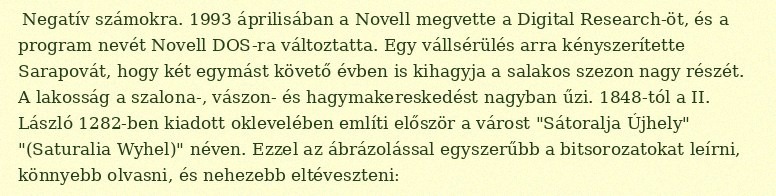
Negatív számokra. 1993 áprilisában a Novell megvette a Digital Research-öt, és a program nevét Novell DOS-ra változtatta. Egy vállsérülés arra kényszerítette Sarapovát, hogy két egymást követő évben is kihagyja a salakos szezon nagy részét. A lakosság a szalona-, vászon- és hagymakereskedést nagyban űzi. 1848-tól a II. László 1282-ben kiadott oklevelében említi először a várost "Sátoralja Újhely" "(Saturalia Wyhel)" néven. Ezzel az ábrázolással egyszerűbb a bitsorozatokat leírni, könnyebb olvasni, és nehezebb eltéveszteni: